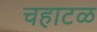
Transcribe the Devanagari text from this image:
चहाटळ